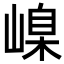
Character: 嵲